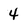
Character: 4